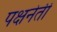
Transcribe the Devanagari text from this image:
पक्षनेती